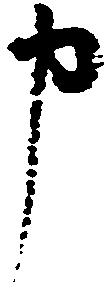
申